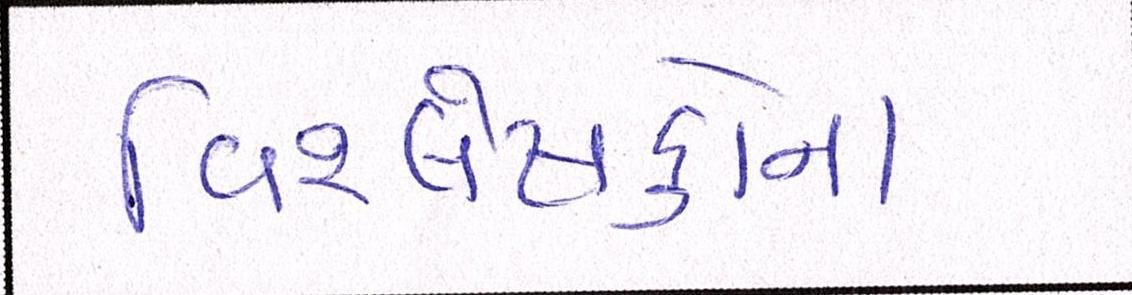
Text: વિશ્લેષકોના